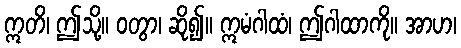
ဣတိ၊ ဤသို့။ ဝတွာ၊ ဆို၍။ ဣမံဂါထံ၊ ဤဂါထာကို။ အာဟ၊